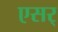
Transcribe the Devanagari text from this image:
एसर्